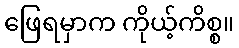
ဖြေရမှာက ကိုယ့်ကိစ္စ။